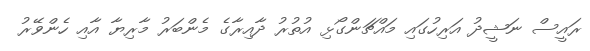
ރައީސް ނަޝީދު އަރިހުގައި މައްޗަންގޯޅި އުތުރު ދާއިރާގެ މެންބަރު މާރިޔާ އާއި ހެންވޭރު